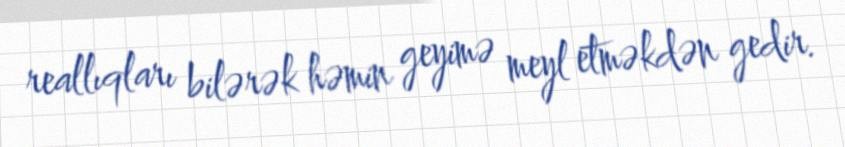
reallıqları bilərək həmin geyimə meyl etməkdən gedir.